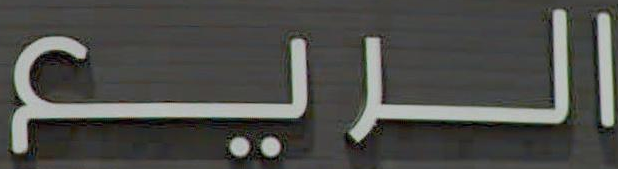
الريع